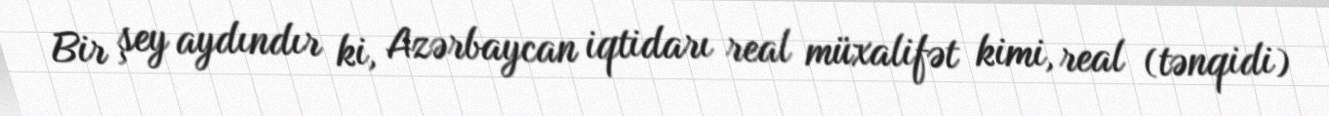
Bir şey aydındır ki, Azərbaycan iqtidarı real müxalifət kimi, real (tənqidi)